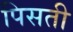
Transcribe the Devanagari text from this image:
पिसती